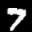
Label: 7